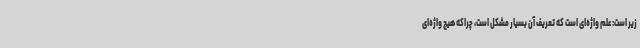
زیر است: علم واژه‌ای است که تعریف آن بسیار مشکل است، چراکه هیچ واژه‌ای